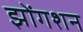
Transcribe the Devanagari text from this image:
झोंगशन